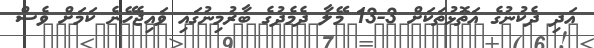
އަދި ދެކުނުގެ އަތޮޅުތަކަށް 3-13 މޭލާ ދެމެދުގެ ބާރުމިނުގައި ވައިޖެހޭނެ ކަމަށް ވެސް